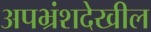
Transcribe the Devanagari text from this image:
अपभ्रंशदेखील